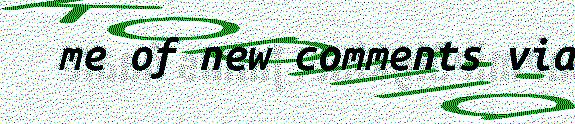
me of new comments via